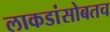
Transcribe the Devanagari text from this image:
लाकडांसोबतच